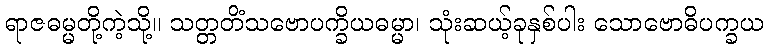
ရာဇဓမ္မတို့ကဲ့သို့။ သတ္တတိံသဗောပက္ခိယဓမ္မာ၊ သုံးဆယ့်ခုနှစ်ပါး သောဗောဓိပက္ခယ